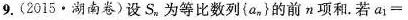
9.(2015·湖南卷)设S_{n} 为等比数列{a_{n} }的前π项和。若$$a _ { 1 } =